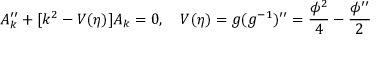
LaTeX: A _ { k } ^ { \prime \prime } + [ k ^ { 2 } - V ( \eta ) ] A _ { k } = 0 , ~ ~ ~ V ( \eta ) = g ( g ^ { - 1 } ) ^ { \prime \prime } = \frac { \phi ^ { 2 } } { 4 } - \frac { \phi ^ { \prime \prime } } { 2 }